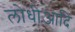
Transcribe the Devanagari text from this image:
लोधीआदि